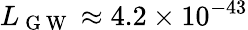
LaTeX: L_{\mathrm{~G~W~}}\approx 4.2\times 10^{-43}